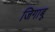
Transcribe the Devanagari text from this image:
जिगाबू